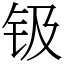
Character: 钑